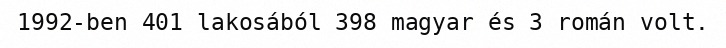
1992-ben 401 lakosából 398 magyar és 3 román volt.